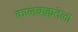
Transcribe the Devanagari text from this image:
कालबाह्यतेला